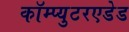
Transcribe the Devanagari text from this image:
कॉम्प्युटरएडेड